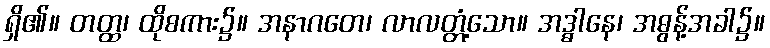
ရှိ၏။ တတ္ထ၊ ထိုစကား၌။ အနာဂတေ၊ လာလတ္တံ့သော။ အဒ္ဓါနေ၊ အဓွန့်အခါ၌။